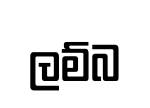
ලම්බ